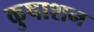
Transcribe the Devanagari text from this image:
कुषाशन